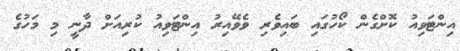
އިންޓަވިއު ކޮށްގެން ކޯހުގައި ބައިވެރި ވެވޭއިރު އިންޓަވިއު ކުރިއަށް ދާނީ މި މަހުގެ